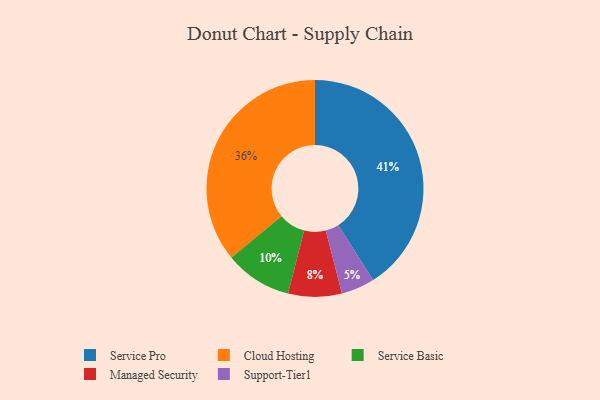
{"axis": {"x": "Category", "y": "Percentage"}, "legend": ["Cloud Hosting", "Managed Security", "Service Basic", "Service Pro", "Support-Tier1"], "data": [{"x": "Cloud Hosting", "y": 36, "type": "Cloud Hosting"}, {"x": "Service Pro", "y": 41, "type": "Service Pro"}, {"x": "Support-Tier1", "y": 5, "type": "Support-Tier1"}, {"x": "Managed Security", "y": 8, "type": "Managed Security"}, {"x": "Service Basic", "y": 10, "type": "Service Basic"}]}